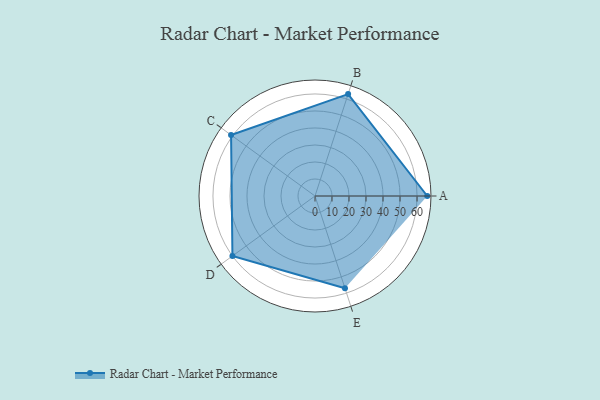
{"axis": {"x": "Skill", "y": "Score"}, "legend": ["Profile"], "data": [{"x": "A", "y": 66.0, "type": "Profile"}, {"x": "B", "y": 63.0, "type": "Profile"}, {"x": "C", "y": 61.0, "type": "Profile"}, {"x": "D", "y": 60.0, "type": "Profile"}, {"x": "E", "y": 57.0, "type": "Profile"}]}